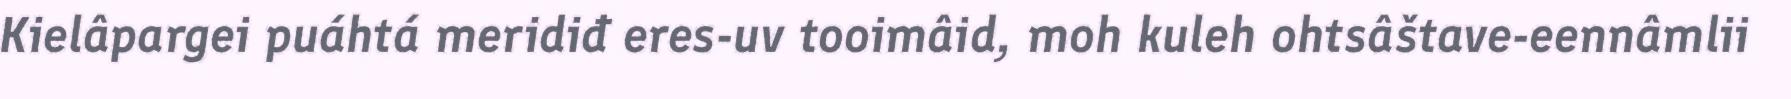
Kielâpargei puáhtá meridiđ eres-uv tooimâid, moh kuleh ohtsâštave-eennâmlii